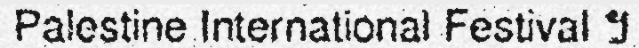
Palestine International Festival ។